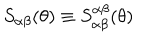
LaTeX: S _ { \alpha \beta } ( \theta ) \equiv S _ { \alpha \beta } ^ { \alpha \beta } ( \theta )